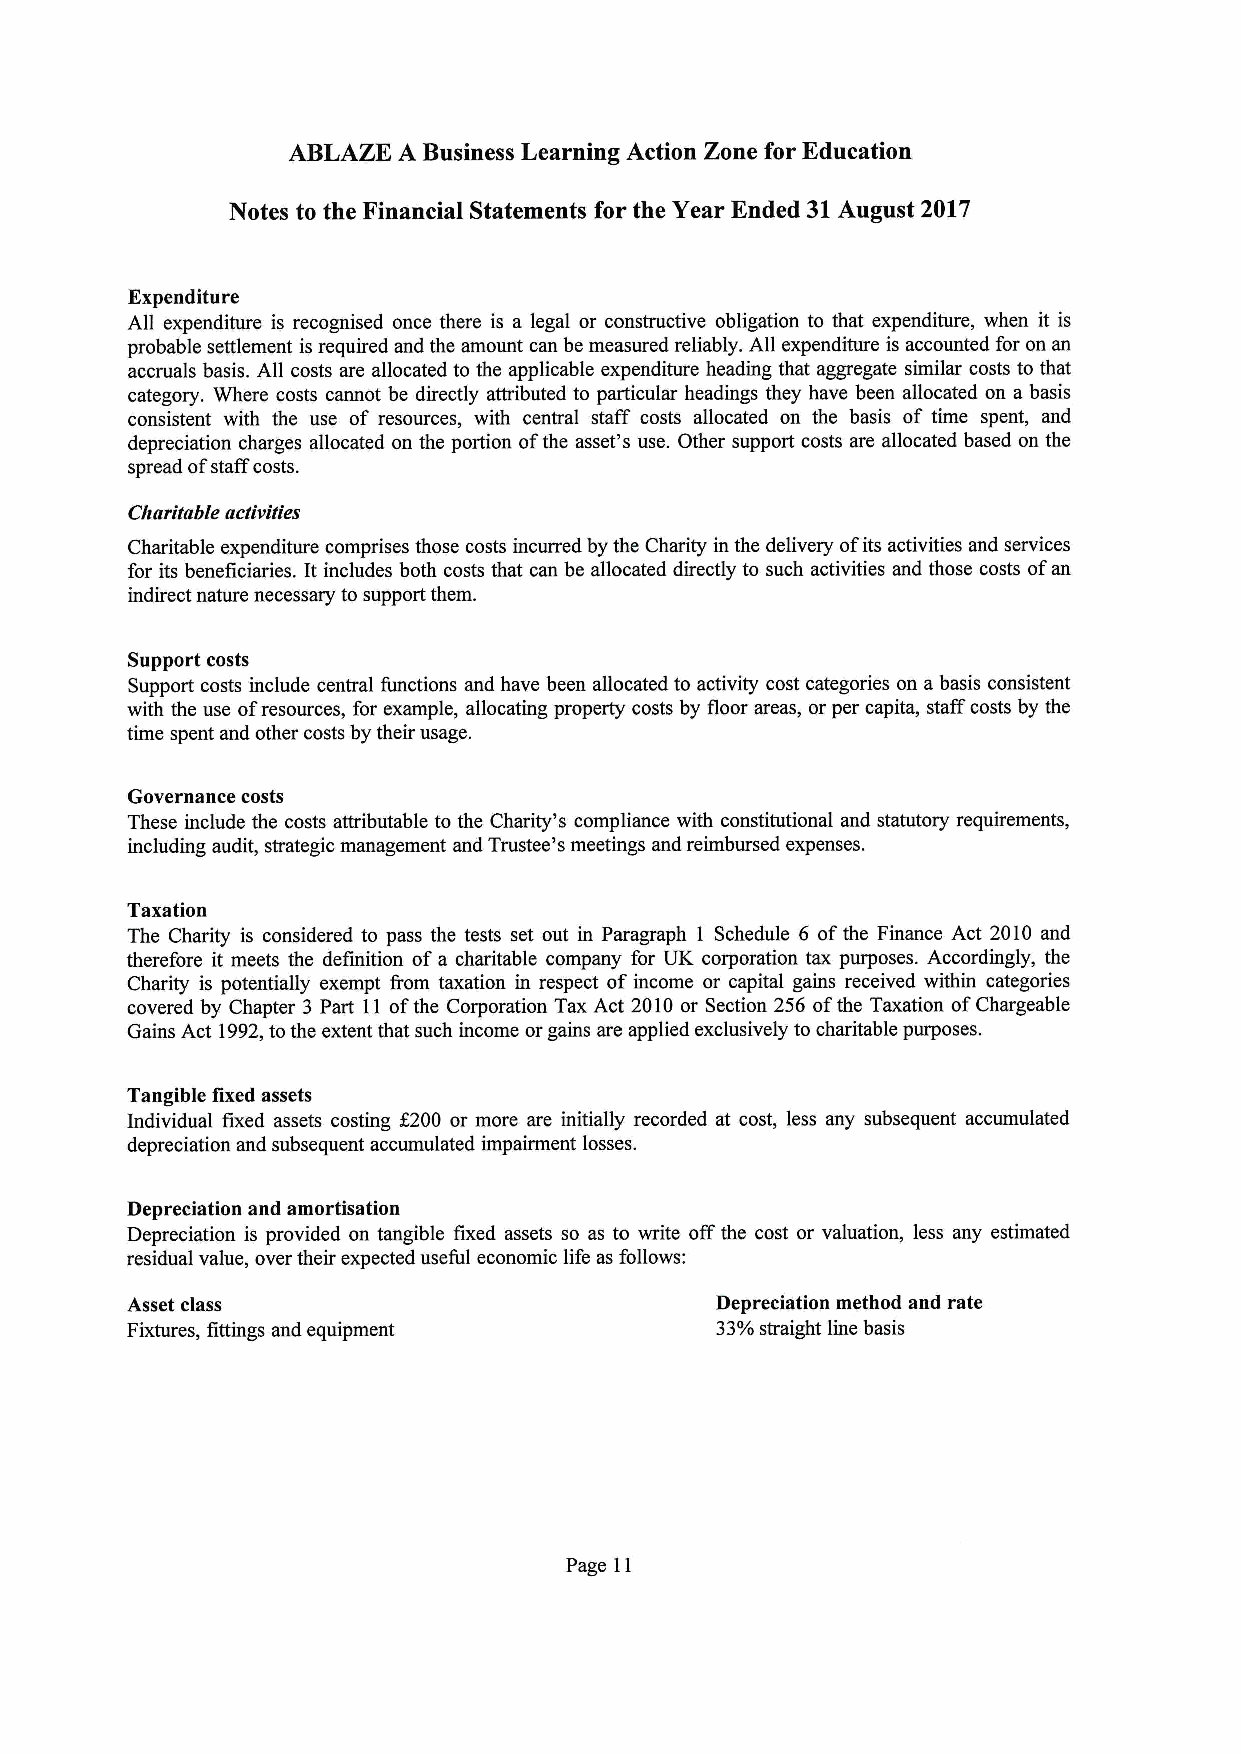
ABLAZE A Business Learning Action Zone for Education
 Notes to the Financial Statements for the Year Ended 31August 2017
 Expenditure
 All expenditure is recognised once there is a legal or constructive obligation to that expenditure, when it is
 probable settlement is required and the amount can be measured reliably. All expenditure is accounted for on an
 accruals basis. All costs are allocated to the applicable expenditure heading that aggregate similar costs to that
 category. Where costs cannot be directly attributed to particular headings they have been allocated on a basis
 consistent with the use of resources, with central staff costs allocated on the basis of time spent, and
 depreciation charges allocated on the portion ofthe asset's use. Other support costs are allocated based on the
 spread ofstaff costs.
 Charitable activities
 Charitable expenditure comprises those costs incurred by the Charity in the delivery ofits activities and services
 for its beneficiaries. It includes both costs that can be allocated directly to such activities and those costs ofan
 indirect nature necessary to support them.
 Support costs
 Support costs include central functions and have been allocated to activity cost categories on a basis consistent
 with the use ofresources, for example, allocating property costs by floor areas, or per capita, staff costs by the
 time spent and other costs by their usage.
 Governance costs
 These include the costs attributable to the Charity's compliance with constitutional and statutory requirements,
 including audit, strategic management and Trustee's meetings and reimbursed expenses.
 Taxation
 The Charity is considered to pass the tests set out in Paragraph 1 Schedule 6 ofthe Finance Act 2010 and
 therefore it meets the definition of a charitable company for UK corporation tax purposes. Accordingly, the
 Charity is potentially exempt Rom taxation in respect of income or capital gains received within categories
 covered by Chapter 3 Part 11 ofthe Corporation Tax Act 2010or Section 256 ofthe Taxation ofChargeable
 Gains Act 1992,tothe extent that such income orgains are applied exclusively to charitable purposes.
 Tangible fixed assets
 Individual fixed assets costing $200 or more are initially recorded at cost, less any subsequent accumulated
 depreciation and subsequent accumulated impairment losses.
 Depreciation and amortisation
 Depreciation is provided on tangible fixed assets so as to write offthe cost or valuation, less any estimated
 residual value, over their expected useful economic life as follows:
 Asset class                            Depreciation method and rate
 Fixtures, fittings and equipment       33'/0 straight line basis
 Page 11